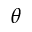
\boldsymbol { \theta }